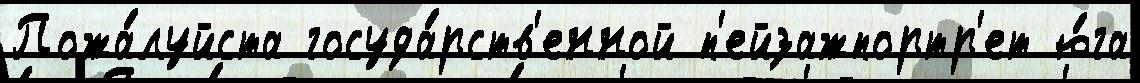
Пожа́луйста госуда́рств'енной п'ейзажпортр'ет ю́га